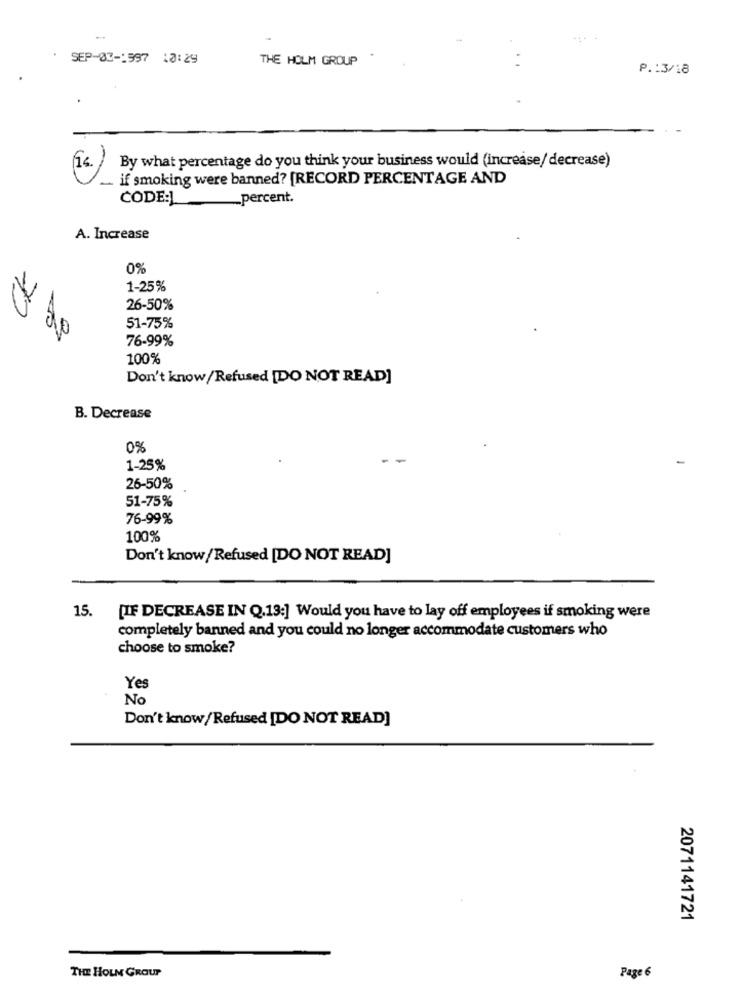
SEP-03-1997 10:29
THE HOLM GROUP
.
P .: 3/18
By what percentage do you think your business would (increase/ decrease)
if smoking were banned? [RECORD PERCENTAGE AND
CODE:J
percent.
A. Increase
0%
1-25%
26-50%
51-75%
76-99%
100%
Don't know /Refused [DO NOT READ]
B. Decrease
0%
1-25%
26-50%
51-75%
76-99%
100%
Don't know / Refused [DO NOT READ]
15.
[IF DECREASE IN Q.13:] Would you have to lay off employees if smoking were
completely banned and you could no longer accommodate customers who
choose to smoke?
Yes
No
Don't know/Refused [DO NOT READ]
2071141721
THE HOLM GROUP
Page 6